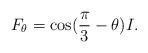
LaTeX: \begin{align*}F_\theta = \cos(\frac{\pi}{3} - \theta) I.\end{align*}